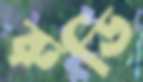
রুডি